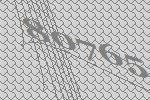
80765